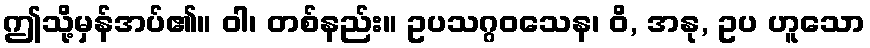
ဤသို့မှန်အပ်၏။ ဝါ၊ တစ်နည်း။ ဥပသဂ္ဂဝသေန၊ ဝိ, အနု, ဥပ ဟူသော